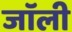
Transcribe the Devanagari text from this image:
जाॅली